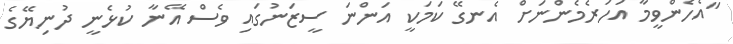
"އެހެންވީމާ އަހަރެމެންނަށް އެނގޭ ކަމަކީ އަންނަ ސީޒަނުގައި ވެސް އޭނާ ކުޅެނީ ދުނިޔޭގެ